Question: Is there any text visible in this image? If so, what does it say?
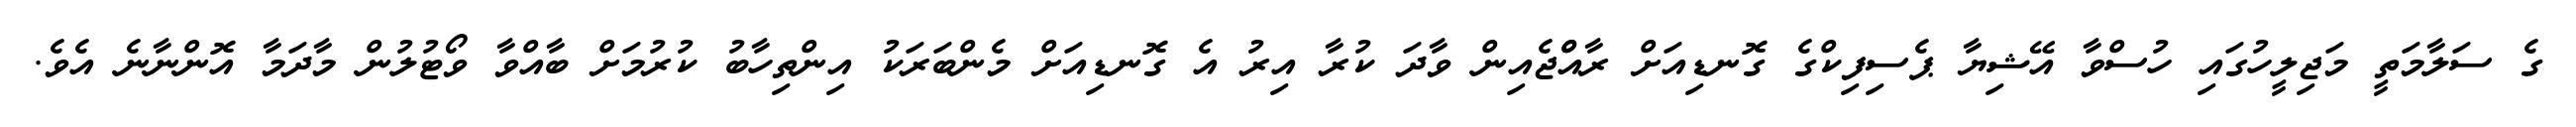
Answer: ގެ ސަލާމަތީ މަޖިލީހުގައި ހުސްވާ އޭޝިޔާ ޕެސިފިކްގެ ގޮނޑިއަށް ރާއްްޖެއިން ވާދަ ކުރާ އިރު އެ ގޮނޑިއަށް މެންބަރަކު އިންތިހާބު ކުރުމަށް ބާއްވާ ވޯޓުލުން މާދަމާ އޮންނާނެ އެވެ.